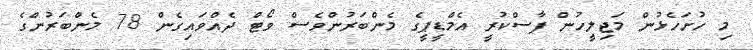
މި ހުށަހެޅުން މަޖިލީހުން ފާސްކުރީ އެމްޑީޕީގެ މެންބަރުންވެސް ވޯޓް ދެއްވައިގެން 78 މެންބަރުންގެ